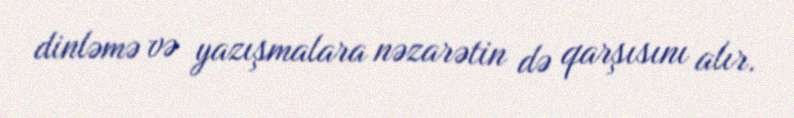
dinləmə və yazışmalara nəzarətin də qarşısını alır.